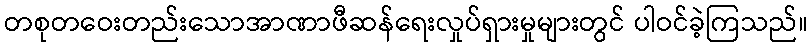
တစုတဝေးတည်းသောအာဏာဖီဆန်ရေးလှုပ်ရှားမှုများတွင် ပါဝင်ခဲ့ကြသည်။